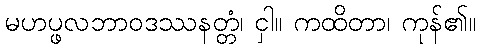
မဟပ္ဖလဘာဝဒဿနတ္တံ၊ ငှါ။ ကထိတာ၊ ကုန်၏။